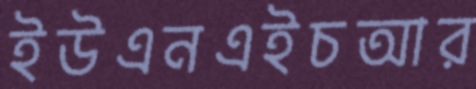
ইউএনএইচআর